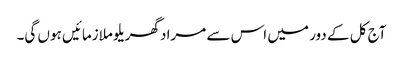
آج کل کے دور میں اس سے مراد گھریلو ملازمائیں ہوں گی۔